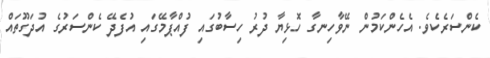
ކެންސަރެކެވެ. އެހެންކަމުން ނޭވާހިނގާ ހޮޅިޔާ ދުރު ހިސާބުގައި ފުއްޕާމޭގައި އުފެދޭ ކެންސަރުގެ އުދަގޫތައް